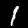
Digit: 1